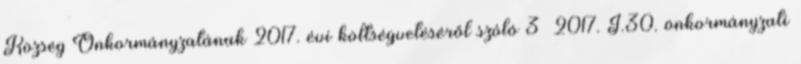
Község Önkormányzatának 2017. évi költségvetéséről szóló 3 2017. I.30. önkormányzati